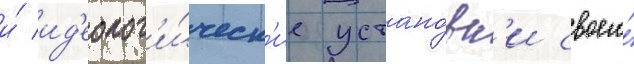
и́ ид'еолог'и́ческ'ие устано́вк'и своего́